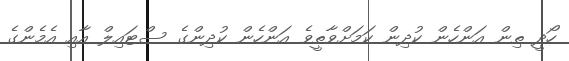
ހޯދީ ތިން އަންހެން ކުދިން ކަމަށްވާތީވެ އަންހެން ކުދިންގެ ސްޓައިލް އާއި އެމެންގެ